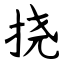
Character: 挠